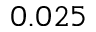
0 . 0 2 5